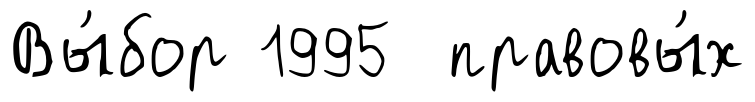
Вы́бор 1995 правовы́х